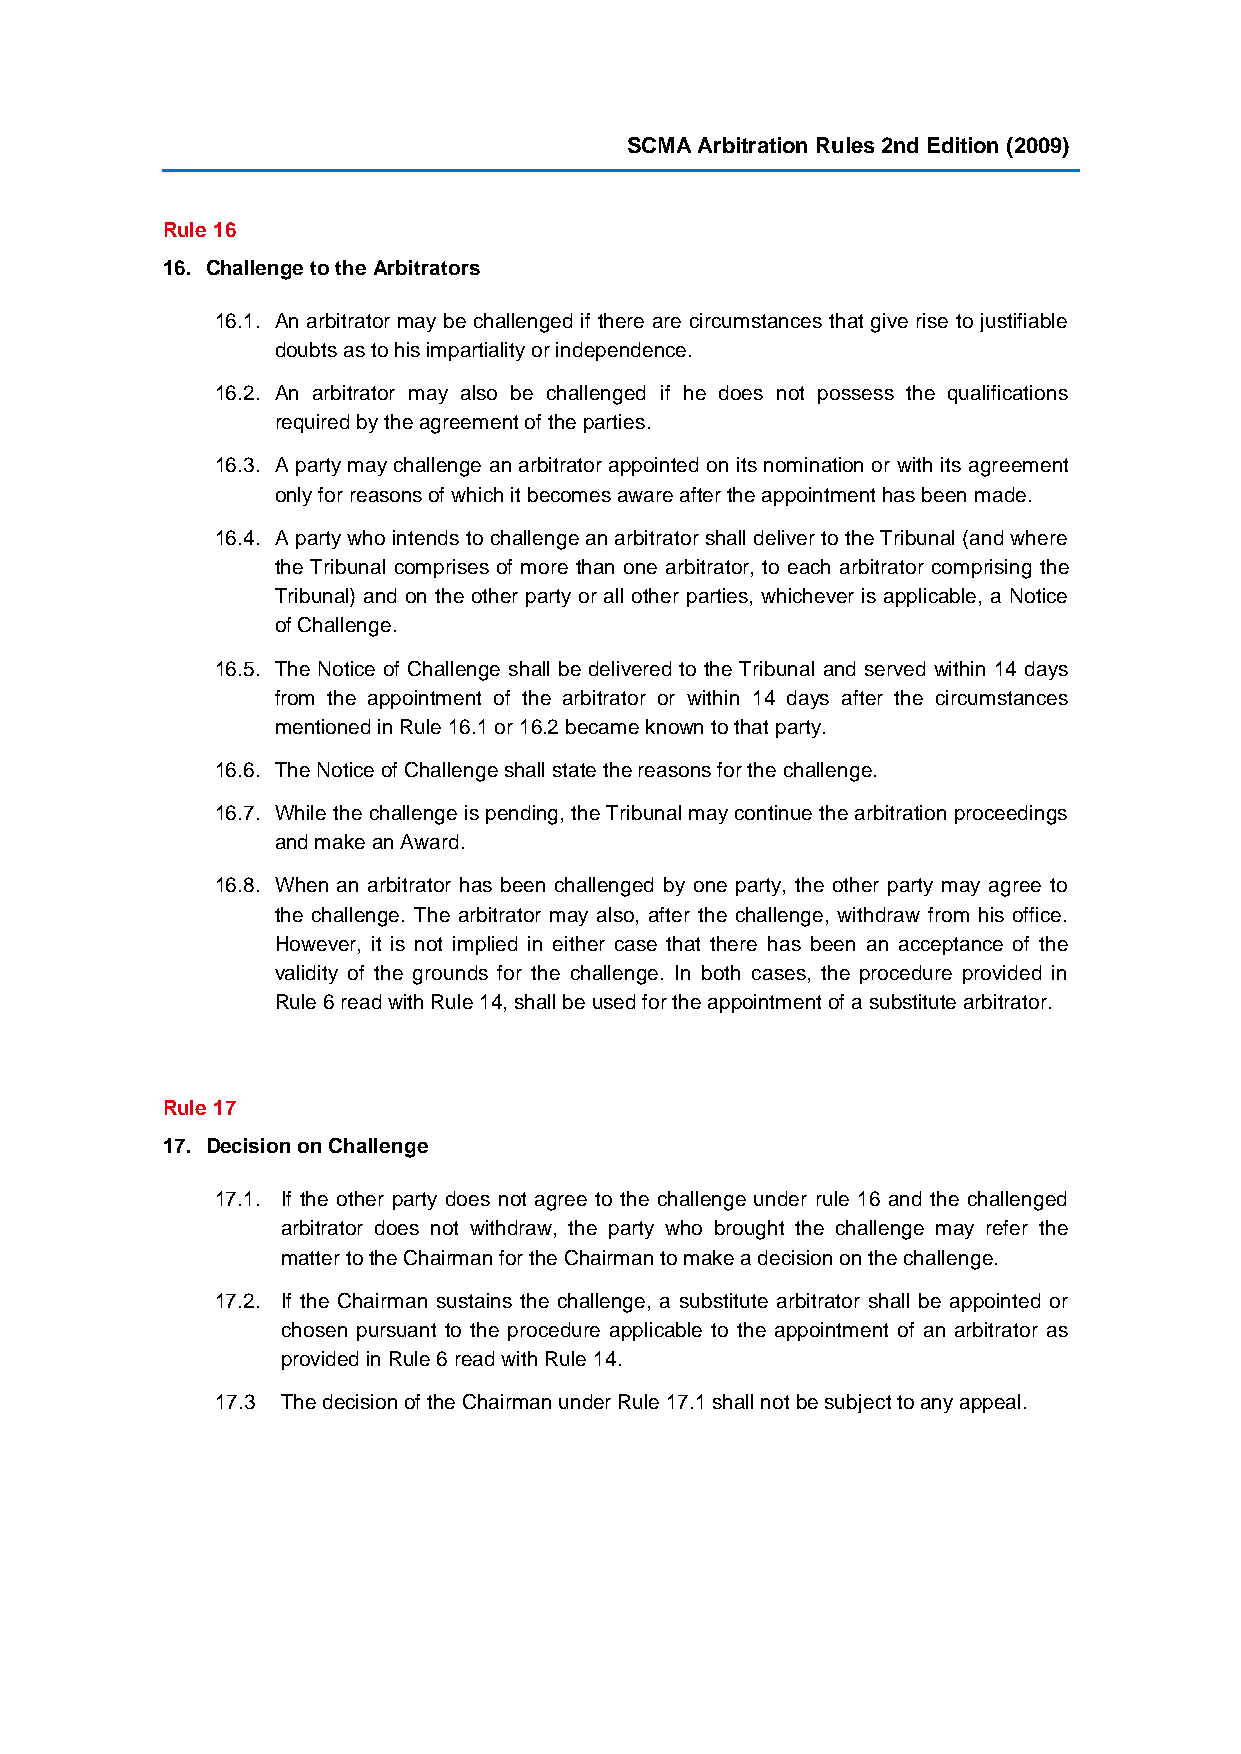
SCMA Arbitration Rules 2nd Edition (2009)
 Rule 16
 16. Challenge to the Arbitrators
 16.1. An arbitrator may be challenged if there are circumstances that give rise to justifiable
 doubts as to his impartiality or independence.
 16.2. An arbitrator may also be challenged if he does not possess the qualifications
 required by the agreement of the parties.
 16.3. A party may challenge an arbitrator appointed on its nomination or with its agreement
 only for reasons of which it becomes aware after the appointment has been made.
 16.4. A party who intends to challenge an arbitrator shall deliver to the Tribunal (and where
 the Tribunal comprises of more than one arbitrator, to each arbitrator comprising the
 Tribunal) and on the other party or all other parties, whichever is applicable, a Notice
 of Challenge.
 16.5. The Notice of Challenge shall be delivered to the Tribunal and served within 14 days
 from the appointment of the arbitrator or within 14 days after the circumstances
 mentioned in Rule 16.1 or 16.2 became known to that party.
 16.6. The Notice of Challenge shall state the reasons for the challenge.
 16.7. While the challenge is pending, the Tribunal may continue the arbitration proceedings
 and make an Award.
 16.8. When an arbitrator has been challenged by one party, the other party may agree to
 the challenge. The arbitrator may also, after the challenge, withdraw from his office.
 However, it is not implied in either case that there has been an acceptance of the
 validity of the grounds for the challenge. In both cases, the procedure provided in
 Rule 6 read with Rule 14, shall be used for the appointment of a substitute arbitrator.
 Rule 17
 17. Decision on Challenge
 17.1. If the other party does not agree to the challenge under rule 16 and the challenged
 arbitrator does not withdraw, the party who brought the challenge may refer the
 matter to the Chairman for the Chairman to make a decision on the challenge.
 17.2. If the Chairman sustains the challenge, a substitute arbitrator shall be appointed or
 chosen pursuant to the procedure applicable to the appointment of an arbitrator as
 provided in Rule 6 read with Rule 14.
 17.3 The decision of the Chairman under Rule 17.1 shall not be subject to any appeal.